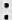
: